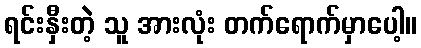
ရင်းနှီးတဲ့ သူ အားလုံး တက်ရောက်မှာပေါ့။